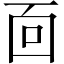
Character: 靣